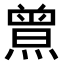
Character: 𤎰